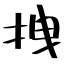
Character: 拽